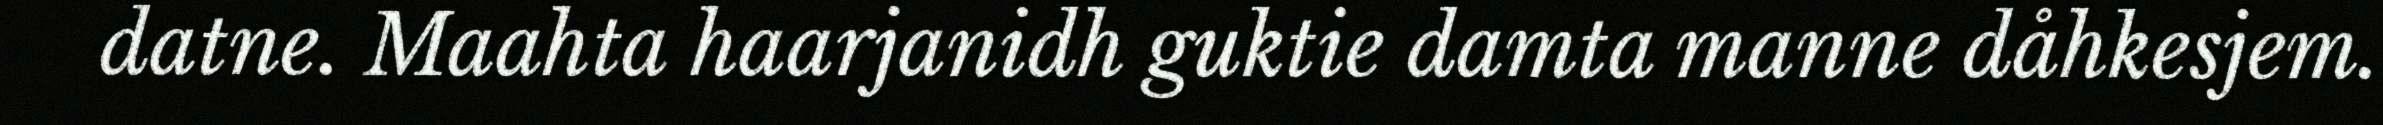
datne. Maahta haarjanidh guktie damta manne dåhkesjem.